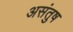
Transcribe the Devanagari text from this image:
असंतुष